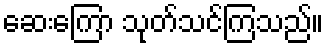
ဆေးကြော သုတ်သင်ကြသည်။